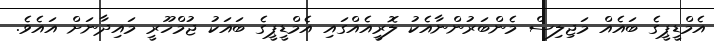
އެމްޑީޕީގެ ބައެއް މަޖިލިސް މެންބަރުންނާއެކު ލޮރީއެއްގައި އެމްޑީޕީގެ ބައަކު ޖުމްހޫރީ މައިދާނަށް އައެވެ.